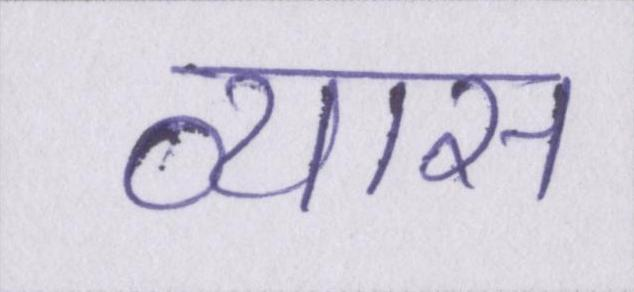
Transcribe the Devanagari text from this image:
व्यास